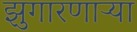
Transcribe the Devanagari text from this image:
झुगारणाऱ्या